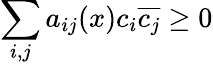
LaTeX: \sum_{i,j}a_{ij}(x)c_{i}{\overline{{c_{j}}}}\geq 0